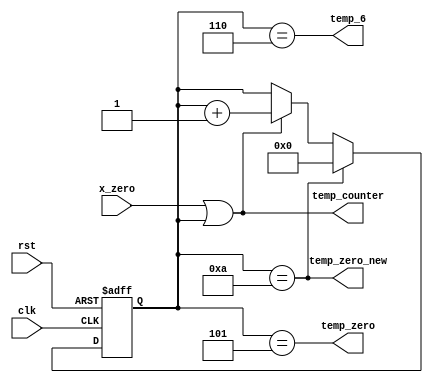
module temp_count_L7(x_zero,clk,rst,temp_counter,temp_zero,temp_zero_new,temp_6);
input wire x_zero,rst,clk;
reg [3:0] temp;
output wire temp_counter,temp_zero,temp_zero_new,temp_6;

always @ (posedge clk or negedge rst)
	begin
		if (!rst )
			 temp<=6;
		else if (temp==10)
			 temp<=0;	
		else if ((x_zero)||temp)
			 temp<= temp+4'b1;
	end
assign temp_counter=x_zero||temp;
assign temp_zero=(temp==5);
assign temp_zero_new=(temp==10);
assign temp_6=(temp==6);

endmodule